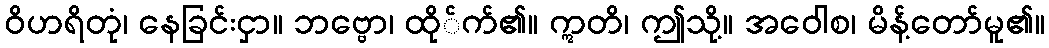
ဝိဟရိတုံ၊ နေခြင်းငှာ။ ဘဗ္ဗော၊ ထို်က်၏။ ဣတိ၊ ဤသို့။ အဝေါစ၊ မိန့်တော်မူ၏။